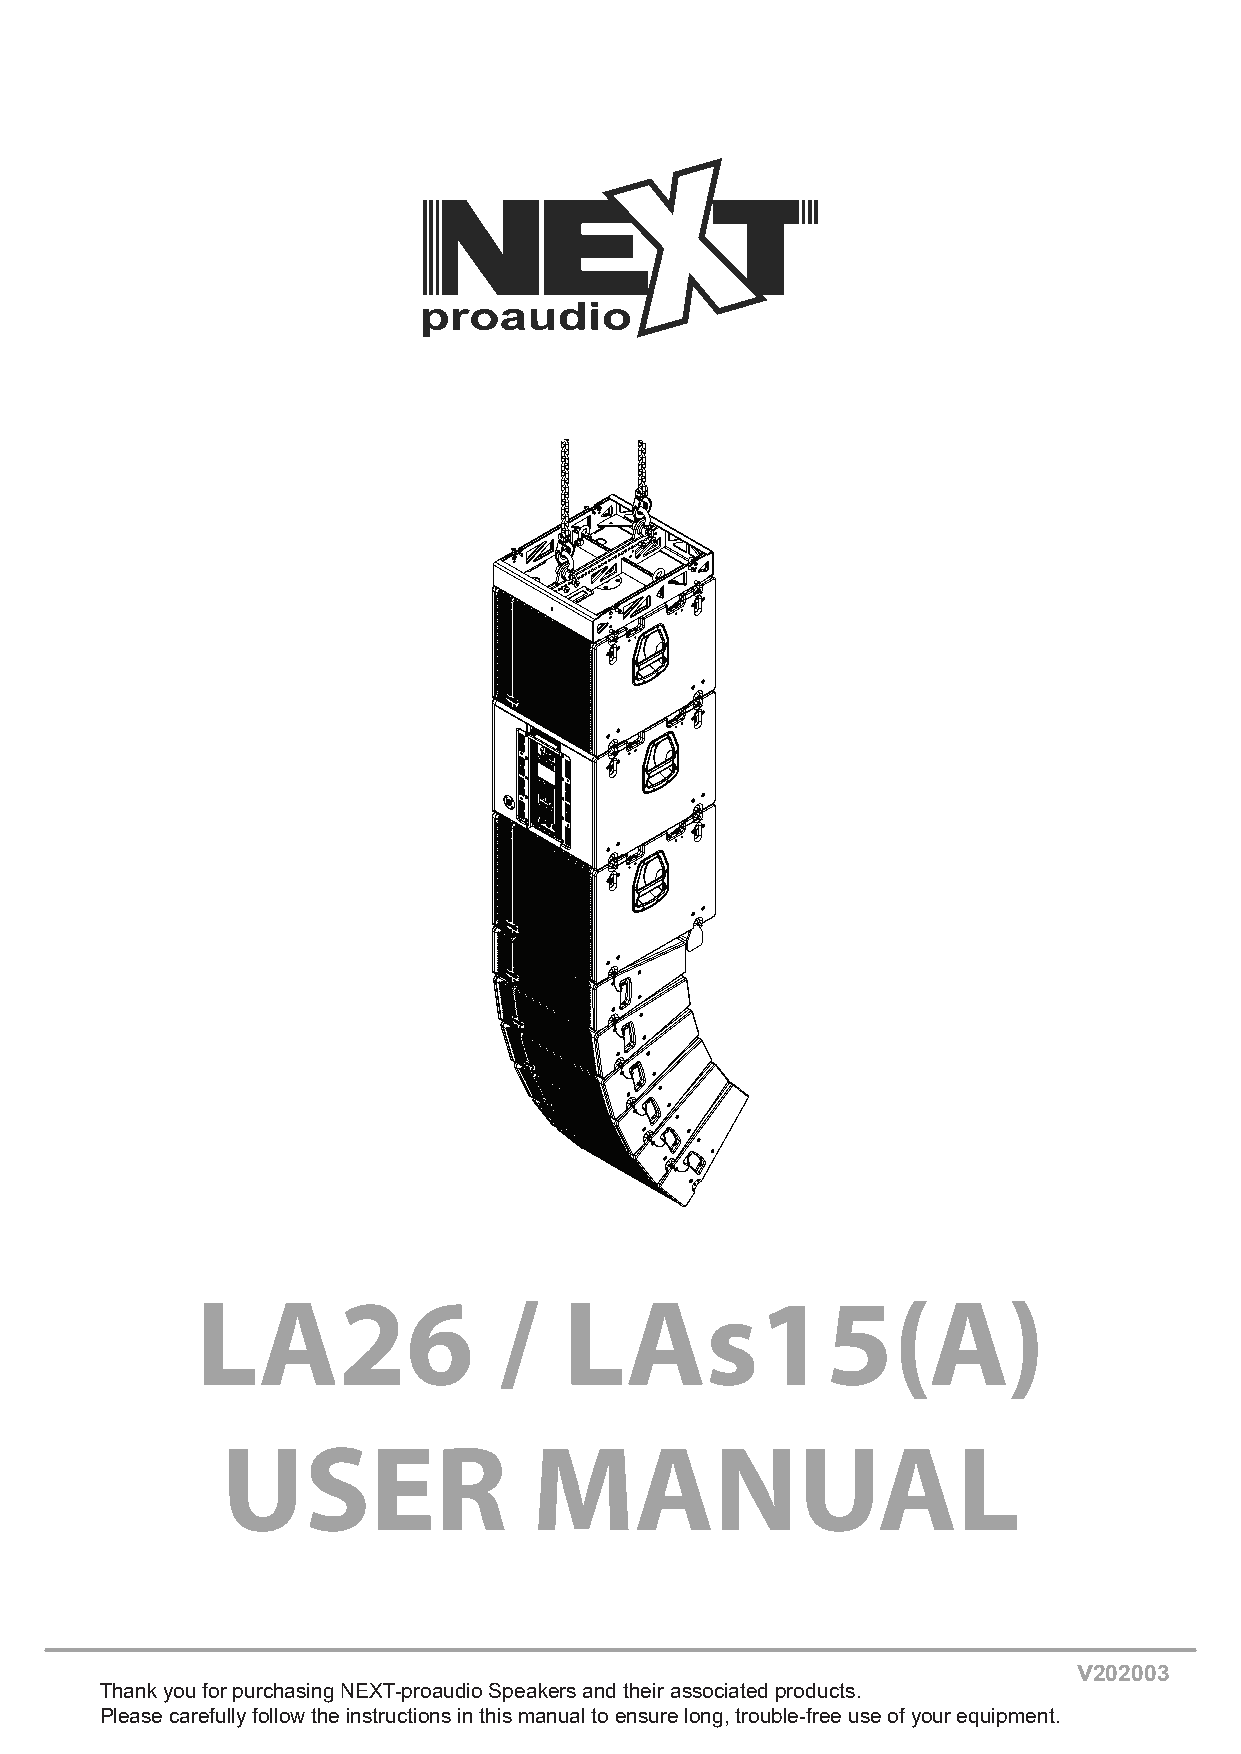
LA26                /   LAs15(A)
 USER                MANUAL
 v202003
 Thank you for purchasing NEXT-proaudio Speakers and their associated products.
 Please carefully follow the instructions in this manual to ensure long, trouble-free use of your equipment.